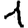
Digit: 1